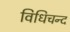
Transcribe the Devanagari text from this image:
विधिचन्द